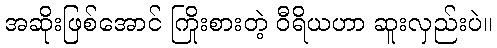
အဆိုးဖြစ်အောင် ကြိုးစားတဲ့ ဝီရိယဟာ ဆူးလှည်းပဲ။